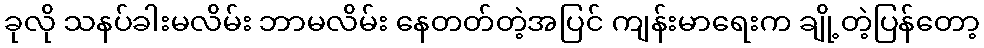
ခုလို သနပ်ခါးမလိမ်း ဘာမလိမ်း နေတတ်တဲ့အပြင် ကျန်းမာရေးက ချို့တဲ့ပြန်တော့